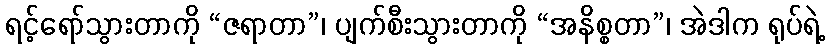
ရင့်ရော်သွားတာကို “ဇရာတာ”၊ ပျက်စီးသွားတာကို “အနိစ္စတာ”၊ အဲဒါက ရုပ်ရဲ့